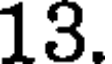
13.